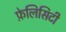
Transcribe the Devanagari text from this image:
फ़ेलिसिटी